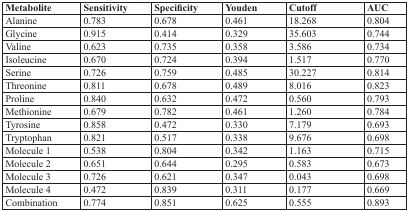
| Metabolite | Sensitivity | Specificity | Youden | Cutoff | AUC |
 | --- | --- | --- | --- | --- | --- |
 | Alanine | 0.783 | 0.678 | 0.461 | 18.268 | 0.804 |
 | Glycine | 0.915 | 0.414 | 0.329 | 35.603 | 0.744 |
 | Valine | 0.623 | 0.735 | 0.358 | 3.586 | 0.734 |
 | Isoleucine | 0.670 | 0.724 | 0.394 | 1.517 | 0.770 |
 | Serine | 0.726 | 0.759 | 0.485 | 30.227 | 0.814 |
 | Threonine | 0.811 | 0.678 | 0.489 | 8.016 | 0.823 |
 | Proline | 0.840 | 0.632 | 0.472 | 0.560 | 0.793 |
 | Methionine | 0.679 | 0.782 | 0.461 | 1.260 | 0.784 |
 | Tyrosine | 0.858 | 0.472 | 0.330 | 7.179 | 0.693 |
 | Tryptophan | 0.821 | 0.517 | 0.338 | 9.676 | 0.698 |
 | Molecule 1 | 0.538 | 0.804 | 0.342 | 1.163 | 0.715 |
 | Molecule 2 | 0.651 | 0.644 | 0.295 | 0.583 | 0.673 |
 | Molecule 3 | 0.726 | 0.621 | 0.347 | 0.043 | 0.698 |
 | Molecule 4 | 0.472 | 0.839 | 0.311 | 0.177 | 0.669 |
 | Combination | 0.774 | 0.851 | 0.625 | 0.555 | 0.893 |